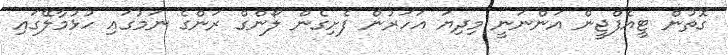
ގޮތުން ޓީއެފްޖީން އަންނަނީ މިދިޔަ އަހަރުން ފެށިގެން ލޯންގް ރަންގެ ނަމުގައި ހުޅުމާލޭގައި